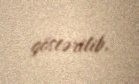
göstərilib.